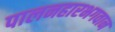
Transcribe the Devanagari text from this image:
पालनहारभगवान